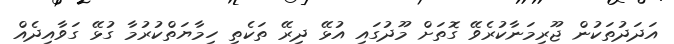
އަދަދުތަކުން ޖޫރިމަނާކުރެވޭ ގޮތަށް މޫދުގައި އުޅޭ ދިރޭ ތަކެތި ހިމާޔަތްކުރުމާ ގުޅޭ ގަވާއިދެއް